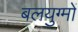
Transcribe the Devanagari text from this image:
बलयुग्मों